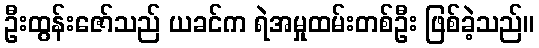
ဦးထွန်းဇော်သည် ယခင်က ရဲအမှုထမ်းတစ်ဦး ဖြစ်ခဲ့သည်။